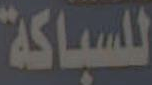
للسباكة